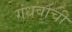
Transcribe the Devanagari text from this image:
गंधर्वाची